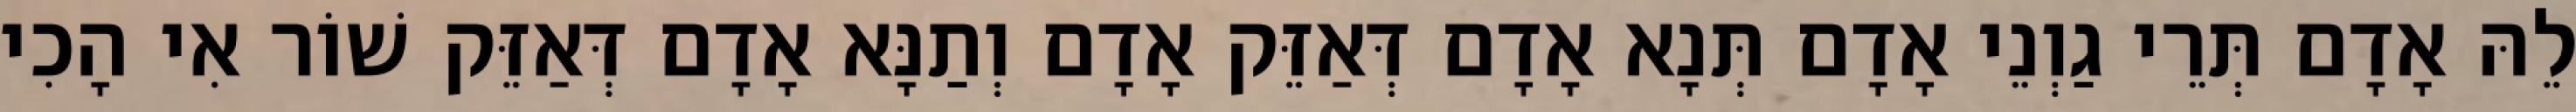
לֵהּ אָדָם תְּרֵי גַוְנֵי אָדָם תְּנָא אָדָם דְּאַזֵּק אָדָם וְתַנָּא אָדָם דְּאַזֵּק שׁוֹר אִי הָכִי